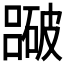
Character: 𥖕